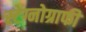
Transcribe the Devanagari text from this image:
स्टेग्नोग्राफी